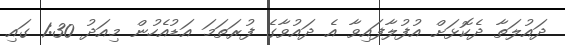
ދައުލަތާ ދެކޮޅަށް އުފުލާފައިވާ އެ ދައުވާގެ ފުރަތަމަ އަޑުއެހުން މިއަދު 1:30 ގައި